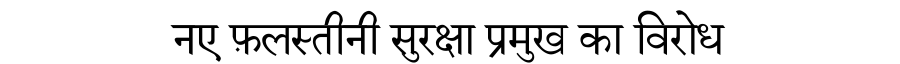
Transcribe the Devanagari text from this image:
नए फ़लस्तीनी सुरक्षा प्रमुख का विरोध